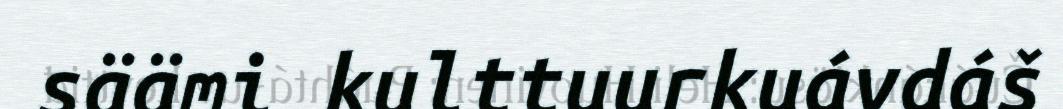
säämi kulttuurkuávdáš